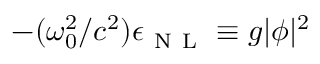
- ( \omega _ { 0 } ^ { 2 } / c ^ { 2 } ) \epsilon _ { \mathrm { ~ N ~ L ~ } } \equiv g | \phi | ^ { 2 }